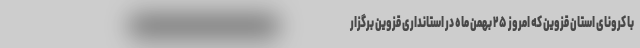
با کرونای استان قزوین که امروز ۲۵ بهمن ماه در استانداری قزوین برگزار